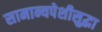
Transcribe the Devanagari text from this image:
सामान्यपेशीसुद्धा